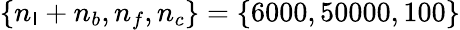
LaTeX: \{ n_{\mathsf{I}}+n_{b},n_{f},n_{c}\} =\{ 6000,50000,100\}